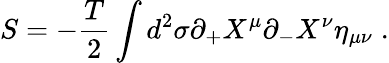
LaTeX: S=-\frac{T}{2}\int d^{2}\sigma\partial_{+}X^{\mu}\partial_{-}X^{\nu}\eta_{\mu\nu}\; .